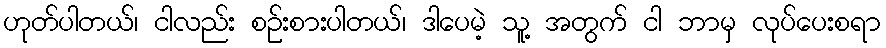
ဟုတ်ပါတယ်၊ ငါလည်း စဉ်းစားပါတယ်၊ ဒါပေမဲ့ သူ့ အတွက် ငါ ဘာမှ လုပ်ပေးစရာ